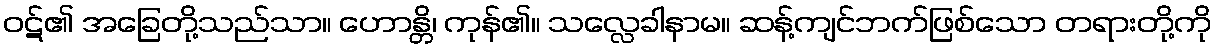
ဝဋ်၏ အခြေတို့သည်သာ။ ဟောန္တိ၊ ကုန်၏။ သလ္လေခါနာမ။ ဆန့်ကျင်ဘက်ဖြစ်သော တရားတို့ကို